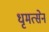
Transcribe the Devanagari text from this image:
धृमत्सेन